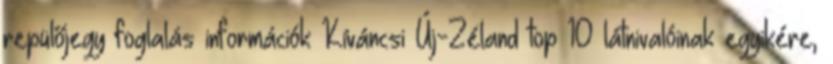
repülőjegy foglalás információk Kíváncsi Új-Zéland top 10 látnivalóinak egyikére,